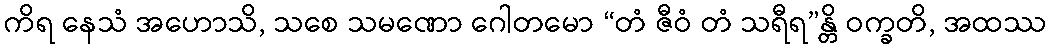
ကိရ နေသံ အဟောသိ, သစေ သမဏော ဂေါတမော “တံ ဇီဝံ တံ သရီရ”န္တိ ဝက္ခတိ, အထဿ